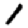
Digit: 1